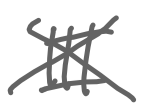
Text: III
Cross-out: cross
Writing tool: digital_gray